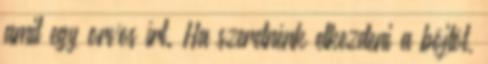
amit egy orvos írt. Ha szeretnénk elkezdeni a böjtöt,